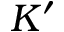
K ^ { \prime }